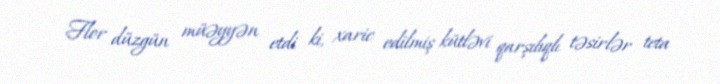
Flor düzgün müəyyən etdi ki, xaric edilmiş kütləvi qarşılıqlı təsirlər teta